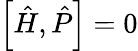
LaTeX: \left[{\hat{H}},{\hat{P}}\right]=0